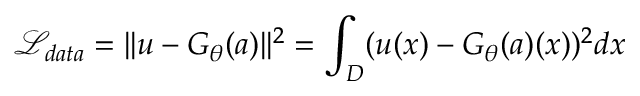
\mathcal { L } _ { d a t a } = | | u - G _ { \theta } ( a ) | | ^ { 2 } = \int _ { D } ( u ( x ) - G _ { \theta } ( a ) ( x ) ) ^ { 2 } d x